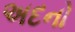
અદનો